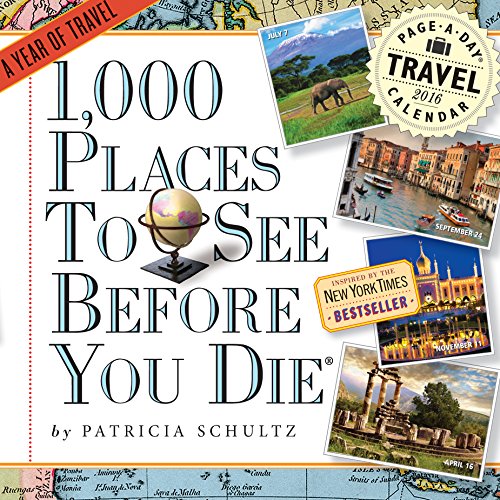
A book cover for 1,000 Places to See Before You Die Color Page-A-Day Calendar 2016; Patricia Schultz; Calendars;